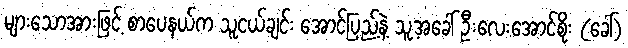
များသောအားဖြင့် စာပေနယ်က သူငယ်ချင်း အောင်ပြည့်နဲ့ သူ့အခေါ် ဦးလေးအောင်စိုး (ခေါ်)